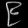
Digit: ၉